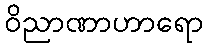
ဝိညာဏာဟာရော